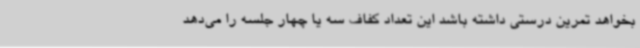
بخواهد تمرین درستی داشته باشد این تعداد کفاف سه یا چهار جلسه را می‌دهد